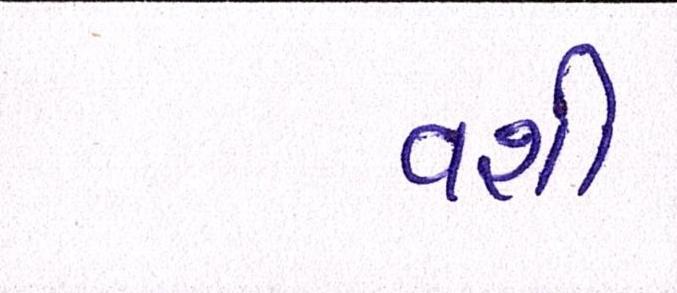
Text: વશી